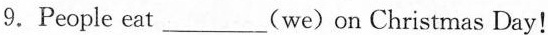
9.People eat___(we)on Christmas Day!